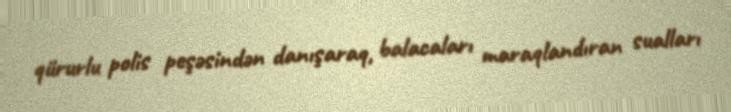
qürurlu polis peşəsindən danışaraq, balacaları maraqlandıran sualları